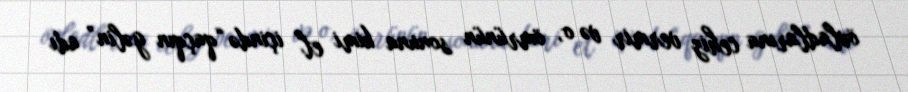
övladlarına cehiz vermir və o, ömrünün sonuna kimi el içində “qaçqın gəlin” adı